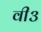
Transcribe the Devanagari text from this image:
वी३